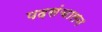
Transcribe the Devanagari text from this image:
पदसंचालन